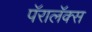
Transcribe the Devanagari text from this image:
पॅरालॅक्स